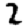
Digit: 2